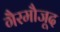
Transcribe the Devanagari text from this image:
गैरमौजूद